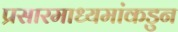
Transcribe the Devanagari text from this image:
प्रसारमाध्यमांकडुन